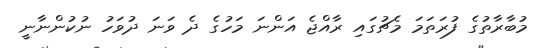
މުބާރާތުގެ ފުރަތަމަ މެޗުގައި ރާއްޖެ އަންނަ މަހުގެ ދެ ވަނަ ދުވަހު ނުކުންނާނީ